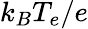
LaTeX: {k_{B}T_{e}}/{e}